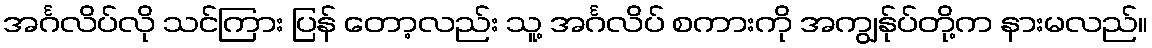
အင်္ဂလိပ်လို သင်ကြား ပြန် တော့လည်း သူ့ အင်္ဂလိပ် စကားကို အကျွန်ုပ်တို့က နားမလည်။